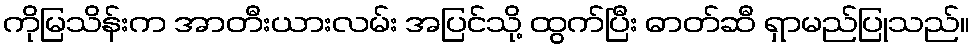
ကိုမြသိန်းက အာတီးယားလမ်း အပြင်သို့ ထွက်ပြီး ဓာတ်ဆီ ရှာမည်ပြုသည်။